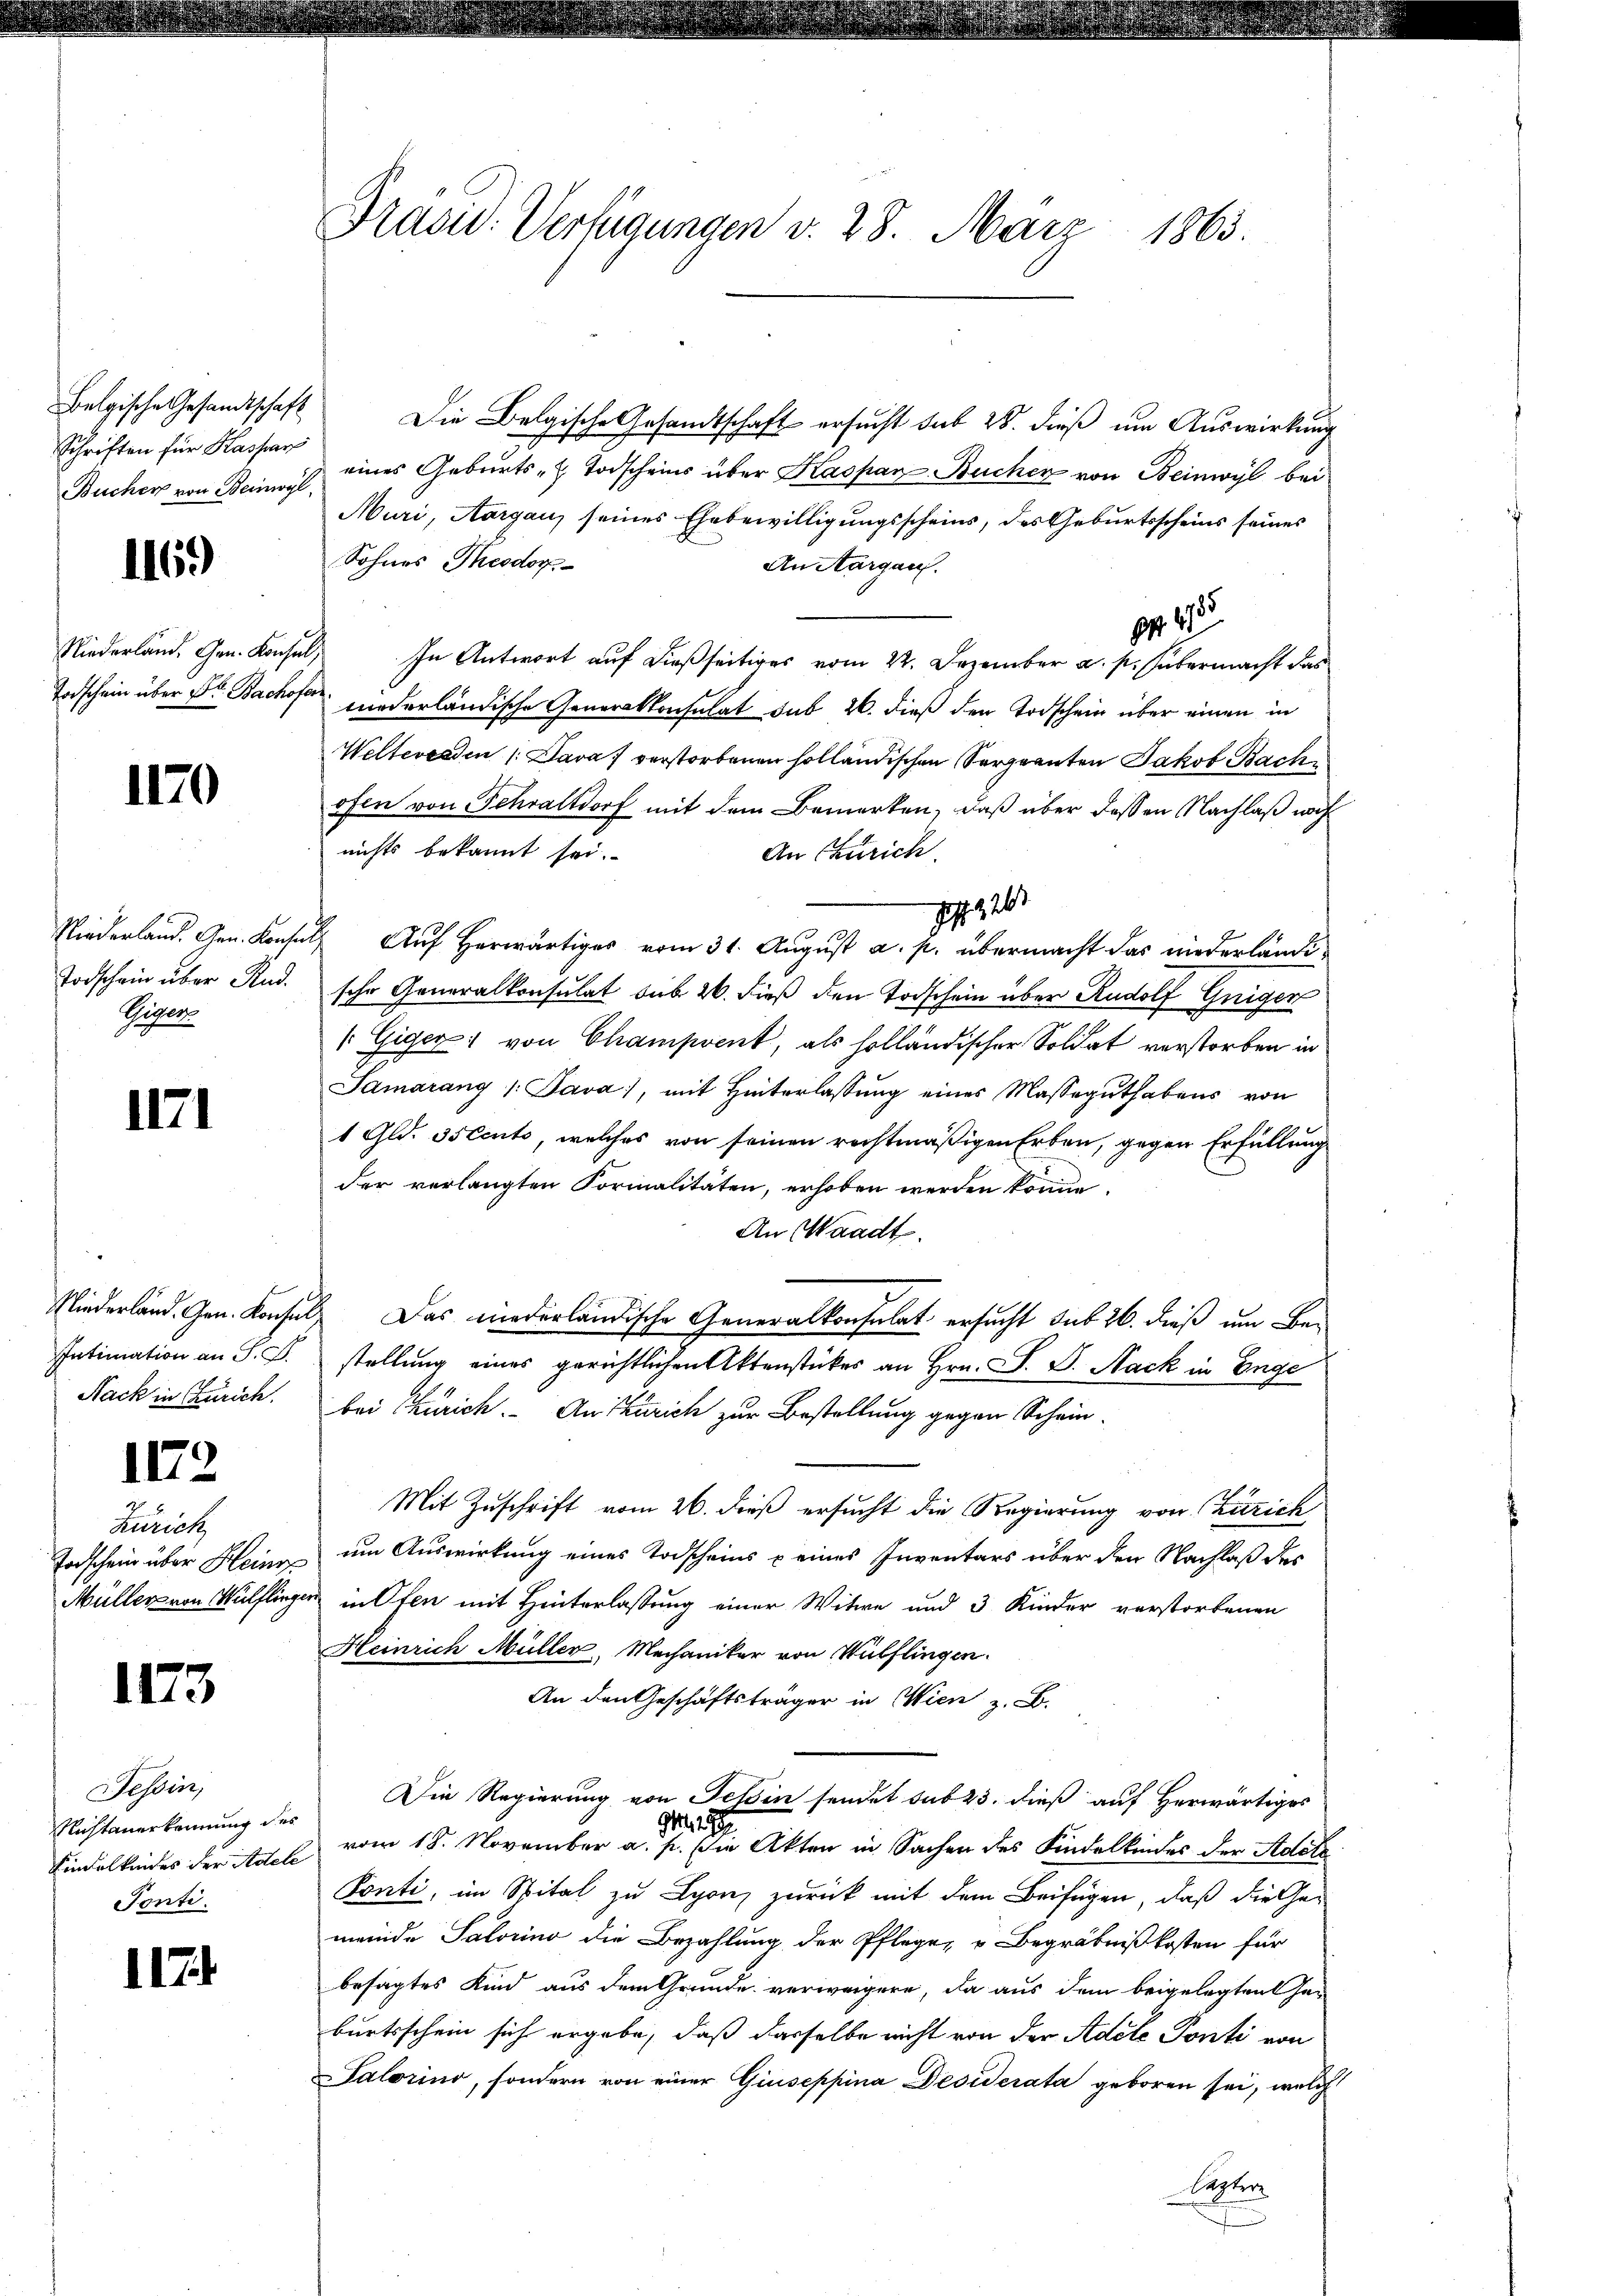
Schriften für Kaspars
Bucher von Beinwyl,

1169

1170

Niederland. Gen. Kons
Todschein über Rud.
Piper.

1171

Intimation an S. B.
Nack in Zürich.

II2

Zürich
Müller von Wülfling

II3

Tessin,
Nichtanerkennung des
Kindelkindes der Adeli
Tonti.

117

Frasid. Verfügungen d. 28. März 1863.

Belgische Gesandtschaft Die Belgische Gesandtschaft ersucht sub 28. dieß um Auswirkung
eines Geburts- & Todscheins über Kaspar Bucher von Beinwyl bei
Muri, Aargau, seines Ehebewilligungsscheins, des Geburtsscheins seines
Sohnes Theodor
An Aargau.
p. 4
Niederland. Gen. Konsul, In Antwort auf dießseitiges vom 22. Dezember a. p. übermacht das
Todschein über Dr. Bachofer niederländische Generalkonsulat sub 26. dieß den Todschein über einen in
Welteressen (Dava verstorbenen holländischen Sergeanten Jakob Bach
ofen von Schraltdorf mit dem Bemerken, daß über dessen Nachlaß nach
nichts bekannt sei.
An Zürich.
17326
a Auf Herwärtiges vom 31. August a. p. übermacht das niederländische Generalkonsulat sub 26. dieß den Todschein über Rudolf Geigen
 Giger von Champrent, als holländischer Soldat verstorben in
Samarang /: Java, mit Hinterlassŭng eines Masseguthabens von
1 Gld. Oscento, welches von seinen rechtmäßigen Erben, gegen Erfüllung
der verlangten Formalitäten, erhoben werden könne.
An Waadt.
Niederland. Gen. Konsul Das niederländische Generalkonsulat ersucht sub 26. dieß um Bestellung eines gerichtlichen Aktenstückes an Hrn. F. P. Nack in Enge
bei Zürich. An Szurich zur Bestellung gegen Schein-
Mit Zuschrift vom 26. dieß ersucht die Regierung von Zürich
Todschein über Heine um Auswirkung eines Todscheins & eines Inventars über den Nachlaß des
xr in Ofen mit Hinterlassung einer Witwe und 3 Kinder verstorbenen
Heinrich Müller, Mechaniker von Wülflingen.
An den Geschäftsträger in Wien z. B.
Die Regierung von Tessin sendet sub 23. dieß auf Herwärtiges
, 197
vom 18. November a. p. die Akten in Sachen des Kindelkindes der Adol
c
Ponti, im Spital zu Lyon zurück mit dem Beifügen, daß die Gemeinde Salorino die Bezahlung der Pflege, „Begräbnißkosten für
besagtes Kind aus dem Grunde verweigere, da aus dem beigelegten haburtsschein sich ergebe, daß dasselbe nicht von der Adele Ponti von
Talorino, sondern von einer Giuseppina Desiderata geboren sei, welche
Septer